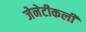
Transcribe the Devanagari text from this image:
जेनेटीकली